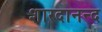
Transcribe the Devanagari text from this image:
शारदानन्द